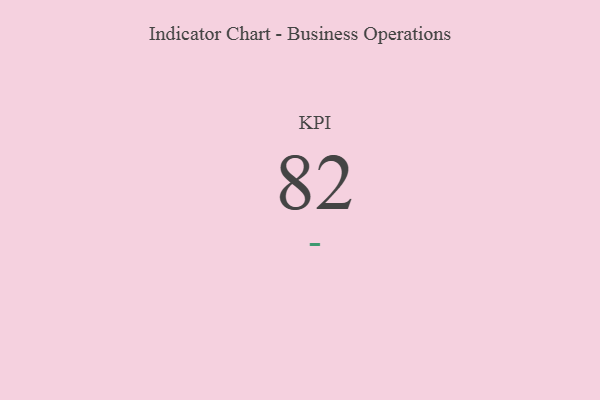
{"axis": {"x": "KPI", "y": "Value"}, "legend": [""], "data": [{"x": "KPI", "y": 82, "type": ""}]}